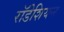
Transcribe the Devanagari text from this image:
राॅडेशियन